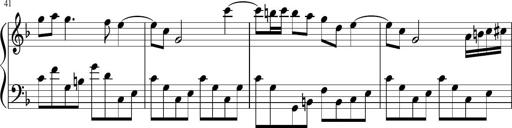
Title: Sonatina di Santa Gemma, JKB 12
Composer: Jason Baruk
Key: F major